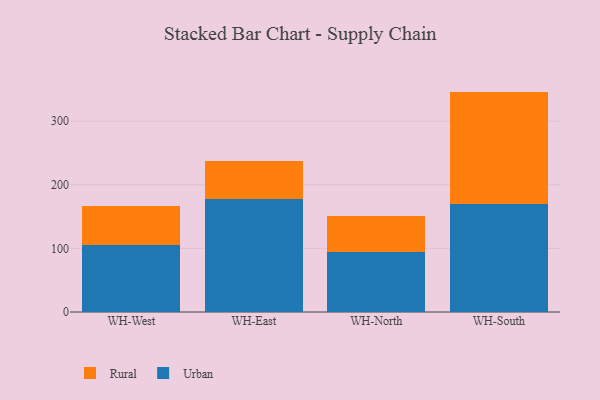
{"axis": {"x": "Warehouse", "y": "Inventory Turnover"}, "legend": ["Rural", "Urban"], "data": [{"x": "WH-West", "y": 105.3, "type": "Urban"}, {"x": "WH-West", "y": 60.8, "type": "Rural"}, {"x": "WH-East", "y": 177.1, "type": "Urban"}, {"x": "WH-East", "y": 59.6, "type": "Rural"}, {"x": "WH-North", "y": 94.5, "type": "Urban"}, {"x": "WH-North", "y": 57.2, "type": "Rural"}, {"x": "WH-South", "y": 169.2, "type": "Urban"}, {"x": "WH-South", "y": 177.3, "type": "Rural"}]}